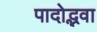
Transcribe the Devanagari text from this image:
पादोद्भवा